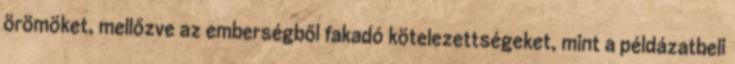
örömöket, mellőzve az emberségből fakadó kötelezettségeket, mint a példázatbeli